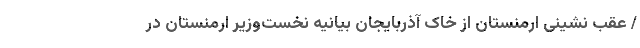
/ عقب نشینی ارمنستان از خاک آذربایجان بیانیه نخست‌وزیر ارمنستان در